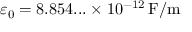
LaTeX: \varepsilon _ { 0 } = 8 . 8 5 4 . . . \times 1 0 ^ { - 1 2 } \, { \mathrm { F / m } }